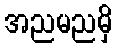
အညမညမှိ